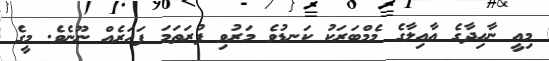
މިއީ ނާހިދާގެ އާއިލާގެ މެމްބަރަކު ކަނޑުވެ މަރުވި ފުރަތަަމަ ފަހަރެއް ނޫނެވެ. މީގެ